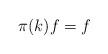
LaTeX: \begin{align*} \pi(k) f = f\end{align*}